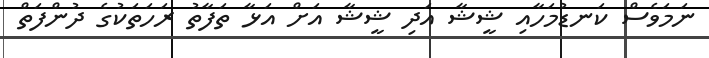
ނަމަވެސް ކަނޑުމަހާއި ޝީޝާ އަދި ޝީޝާ އަށް އަޅާ ތަފާތު ރަހަތަކުގެ ދުންފަތް